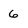
Character: 6